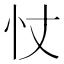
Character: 𢗆